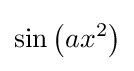
\sin \left(ax^{2}\right)